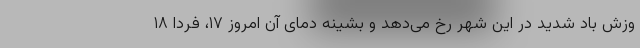
وزش باد شدید در این شهر رخ می‌دهد و بشینه دمای آن امروز ۱۷، فردا ۱۸